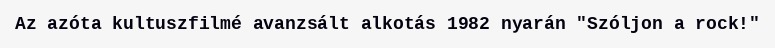
Az azóta kultuszfilmé avanzsált alkotás 1982 nyarán "Szóljon a rock!"